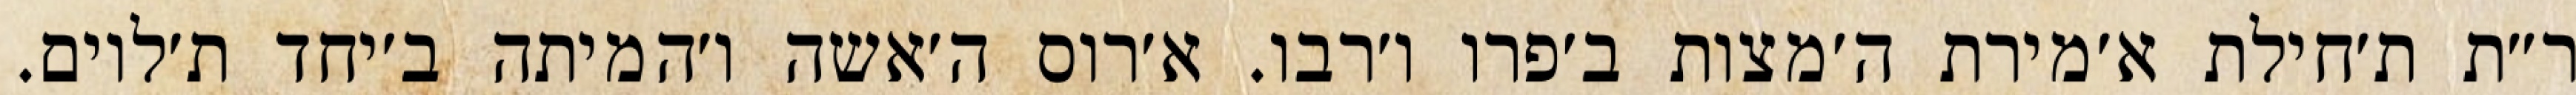
ר״ת ת׳חילת א׳מירת ה׳מצות ב׳פרו ו׳רבו. א׳רוס ה׳אשה ו׳המיתה ב׳יחד ת׳לוים.